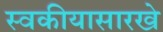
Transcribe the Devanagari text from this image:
स्वकीयासारखे